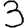
Digit: 3